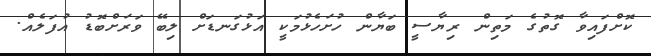
ކޮށްފައިވާ ގޮތުގެ މަތިން ރިޔާސީ ބަޔާން ހުށަހެޅުމަކީ އަޅުގަނޑަށް ލިބޭ ވަރަށްބޮޑު އުފަލެއް.